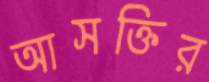
আসক্তির